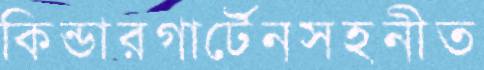
কিন্ডারগার্টেনসহনীত